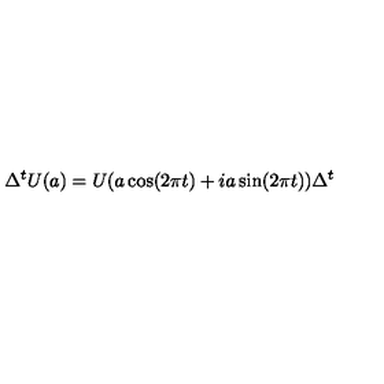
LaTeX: \Delta ^ { t } U ( a ) = U ( a \cos ( 2 \pi t ) + i a \sin ( 2 \pi t ) ) \Delta ^ { t }